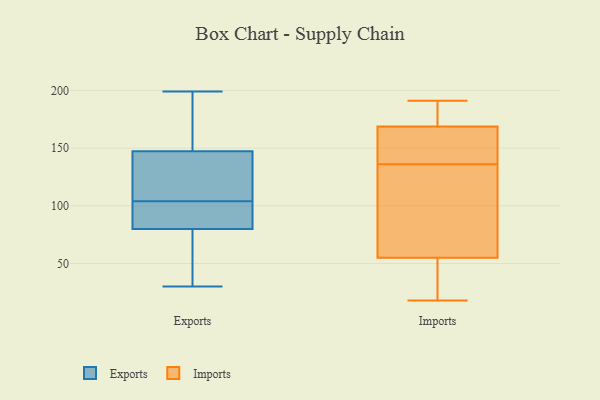
{"axis": {"x": "Tickets Resolved", "y": "Value"}, "legend": ["Exports", "Imports"], "data": [{"x": "", "y": 141, "type": "Exports"}, {"x": "", "y": 80, "type": "Exports"}, {"x": "", "y": 199, "type": "Exports"}, {"x": "", "y": 133, "type": "Exports"}, {"x": "", "y": 130, "type": "Exports"}, {"x": "", "y": 30, "type": "Exports"}, {"x": "", "y": 151, "type": "Exports"}, {"x": "", "y": 104, "type": "Exports"}, {"x": "", "y": 172, "type": "Exports"}, {"x": "", "y": 181, "type": "Exports"}, {"x": "", "y": 72, "type": "Exports"}, {"x": "", "y": 89, "type": "Exports"}, {"x": "", "y": 93, "type": "Exports"}, {"x": "", "y": 103, "type": "Exports"}, {"x": "", "y": 52, "type": "Exports"}, {"x": "", "y": 146, "type": "Exports"}, {"x": "", "y": 80, "type": "Exports"}, {"x": "", "y": 185, "type": "Imports"}, {"x": "", "y": 114, "type": "Imports"}, {"x": "", "y": 18, "type": "Imports"}, {"x": "", "y": 64, "type": "Imports"}, {"x": "", "y": 191, "type": "Imports"}, {"x": "", "y": 153, "type": "Imports"}, {"x": "", "y": 174, "type": "Imports"}, {"x": "", "y": 136, "type": "Imports"}, {"x": "", "y": 43, "type": "Imports"}, {"x": "", "y": 52, "type": "Imports"}, {"x": "", "y": 139, "type": "Imports"}]}